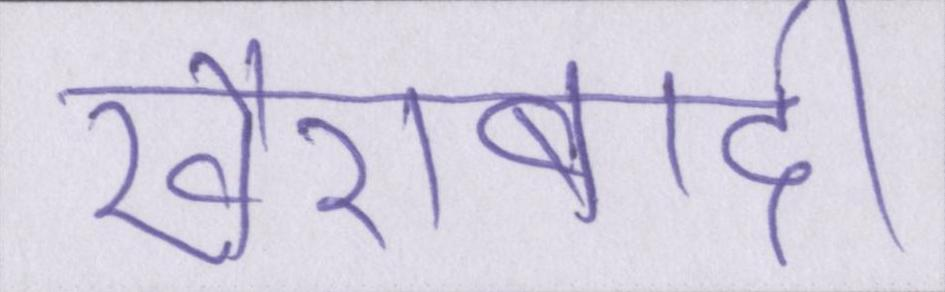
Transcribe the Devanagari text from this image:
ख़ैराबादी